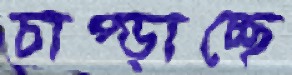
চাপ্‌ড়াচ্ছে